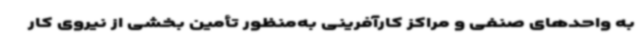
به واحدهای صنفی و مراکز کارآفرینی به‌منظور تأمین بخشی از نیروی کار